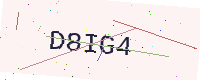
Text: D8IG4